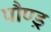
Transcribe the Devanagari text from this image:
पौण्ड्र